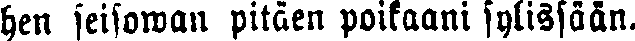
hen seisowan pitäen poikaani sylissään.